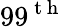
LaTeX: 99^{\mathrm{~t~h~}}